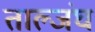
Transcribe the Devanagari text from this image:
ताल्जंघ